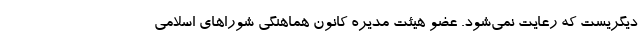
دیگریست که رعایت نمی‌شود. عضو هیئت مدیره کانون هماهنگی شوراهای اسلامی